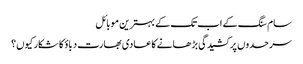
سام سنگ کے اب تک کے بہترین موبائل
سرحدوں پر کشیدگی بڑھانے کا عادی بھارت دباؤ کا شکار کیوں؟